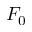
F _ { 0 }